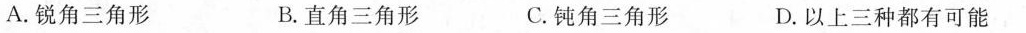
A.锐角三角形 B.直角三角形 C.钝角三角形 D.以上三种都有可能